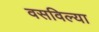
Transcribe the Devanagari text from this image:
वसविल्या